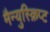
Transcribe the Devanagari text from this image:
मैन्युस्क्रिप्ट